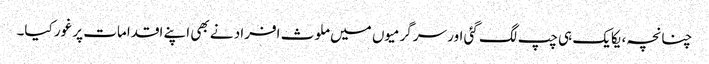
چنانچہ، یکایک ہی چپ لگ گئی اور سرگرمیوں میں ملوث افراد نے بھی اپنے اقدامات پر غور کیا۔